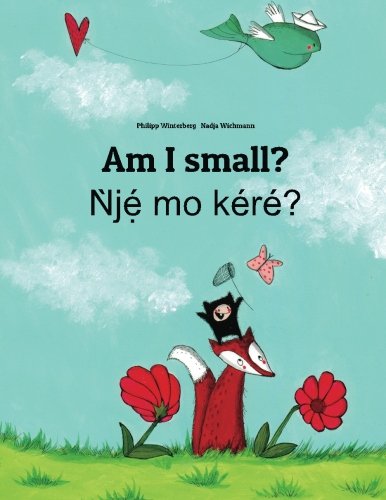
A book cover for Am I small? Nje mo kere?: Children's Picture Book English-Yoruba (Bilingual Edition); Philipp Winterberg; Children's Books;